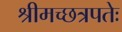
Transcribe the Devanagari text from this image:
श्रीमच्छत्रपतेः